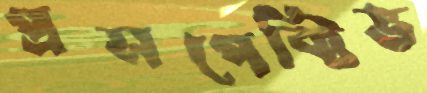
প্রসপেক্টিভ